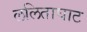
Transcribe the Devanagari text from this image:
ललिताघाट